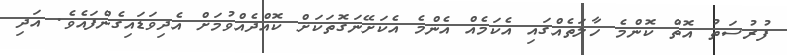
ފުރުސަތު އޮތް ކޮންމެ ހާލަތެއްގައި އެކަމެއް އެންމެ އެކަށޭނަގޮތަކަށް ކޮއްދެއްވުމަށް އެދިވަޑައިގެންފައެވެ. އަދި